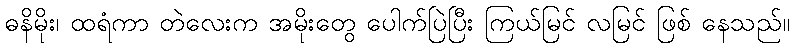
ဓနိမိုး၊ ထရံကာ တဲလေးက အမိုးတွေ ပေါက်ပြဲပြီး ကြယ်မြင် လမြင် ဖြစ် နေသည်။